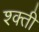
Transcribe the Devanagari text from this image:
श्क्ती